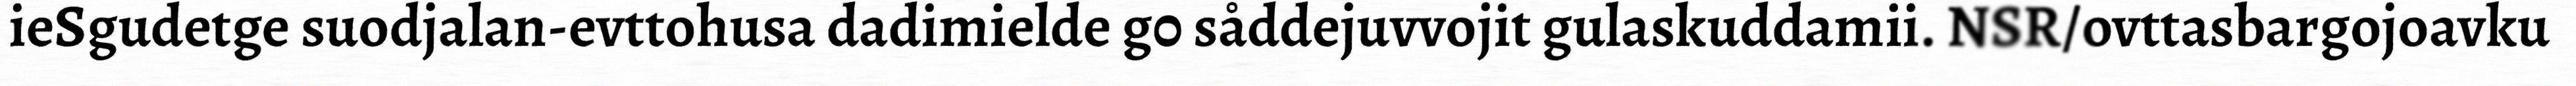
ieSgudetge suodjalan-evttohusa dadimielde g0 såddejuvvojit gulaskuddamii. NSR/ovttasbargojoavku